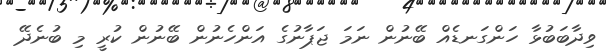
ވިދާބަބުޅާ ހަންގަނޑެއް ބޭނުން ނަމަ ޖަޕާނުގެ އަންހެނުން ބޭނުން ކުރީ މި ބުނެދޭ